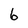
Character: 6